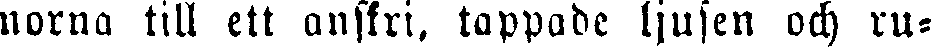
norna till ett anskri, tappade ljusen och ru-